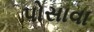
પોસાવા